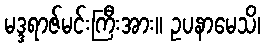
မဒ္ဒရာဇ်မင်းကြီးအား။ ဥပနာမေသိ၊